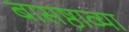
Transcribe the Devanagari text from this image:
बासष्ठाव्या